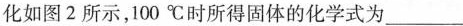
化如图2所示，100℃时所得固体的化学式为___